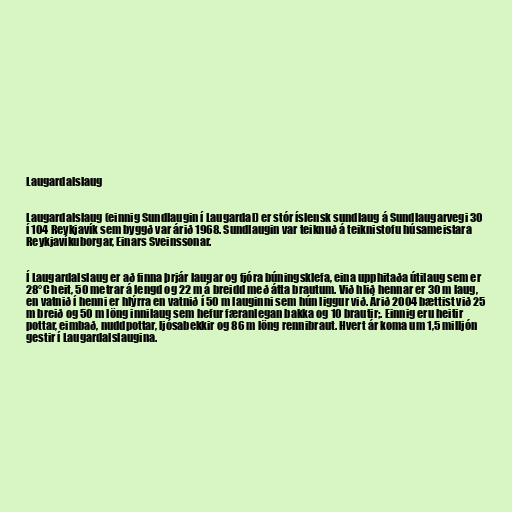
Laugardalslaug

Laugardalslaug (einnig Sundlaugin í Laugardal) er stór íslensk sundlaug á Sundlaugarvegi 30
í 104 Reykjavík sem byggð var árið 1968. Sundlaugin var teiknuð á teiknistofu húsameistara
Reykjavíkuborgar, Einars Sveinssonar.

Í Laugardalslaug er að finna þrjár laugar og fjóra búningsklefa, eina upphitaða útilaug sem er
28°C heit, 50 metrar á lengd og 22 m á breidd með átta brautum. Við hlið hennar er 30 m laug,
en vatnið í henni er hlýrra en vatnið í 50 m lauginni sem hún liggur við. Árið 2004 bættist við 25
m breið og 50 m löng innilaug sem hefur færanlegan bakka og 10 brautir;. Einnig eru heitir
pottar, eimbað, nuddpottar, ljósabekkir og 86 m löng rennibraut. Hvert ár koma um 1,5 milljón
gestir í Laugardalslaugina.